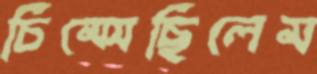
চিম্‌সেছিলেম